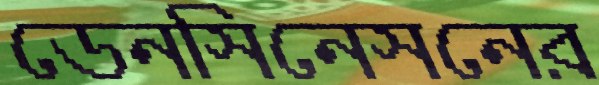
ডেনসিনেসনের